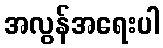
အလွန်အရေးပါ